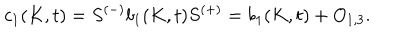
c _ { 1 } ( K , t ) = S ^ { ( - ) } b _ { 1 } ( K , t ) S ^ { ( + ) } = b _ { 1 } ( K , t ) + O _ { 1 , 3 } .